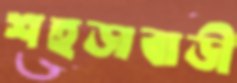
শহড়াবাড়ী